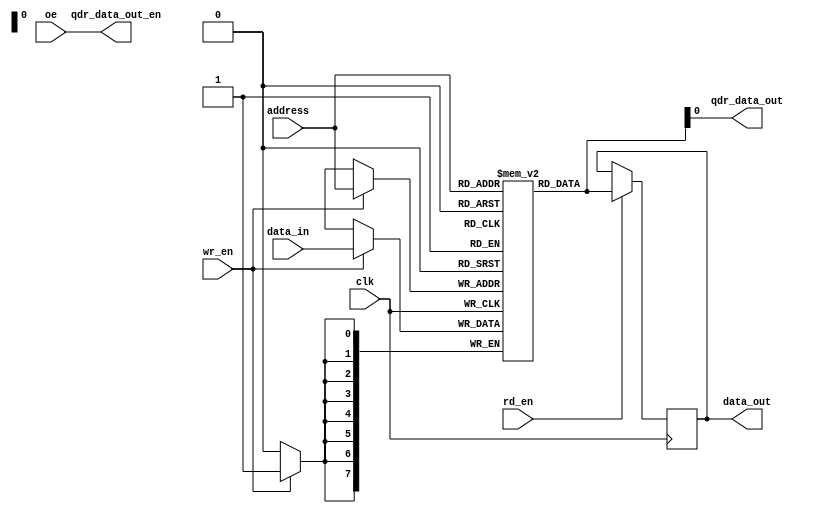
module QDR_SRAM(
    input wire clk,
    input wire [7:0] address,
    input wire [7:0] data_in,
    output reg [7:0] data_out,
    input wire wr_en,
    input wire rd_en,
    input wire oe,
    output reg qdr_data_out,
    output reg qdr_data_out_en
);

reg [7:0] memory [0:255];

always @(posedge clk) begin
    if (wr_en) begin
        memory[address] <= data_in;
    end
    if (rd_en) begin
        data_out <= memory[address];
    end
end

assign qdr_data_out = memory[address];
assign qdr_data_out_en = oe;

endmodule